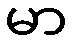
မာ